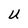
Character: U